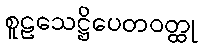
စူဠသေဋ္ဌိပေတဝတ္ထု